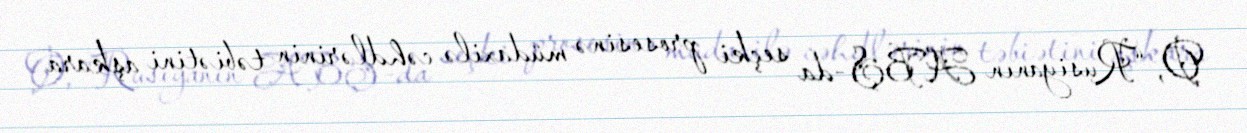
O, “Rusiyanın ABŞ-da seçki prosesinə müdaxilə cəhdlərinin təbiətini aşkara